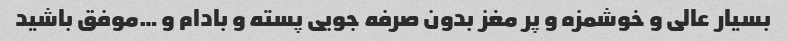
بسیار عالی و خوشمزه و پر مغز بدون صرفه جویی پسته و بادام و …موفق باشید